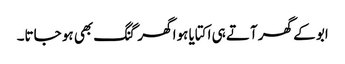
ابو کے گھر آتے ہی اکتایا ہوا گھر گنگ بھی ہو جاتا۔